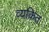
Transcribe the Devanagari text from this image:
व्‍यकित